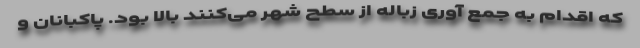
که اقدام به جمع آوری زباله از سطح شهر می‌کنند بالا بود. پاکبانان و